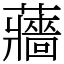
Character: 蘠